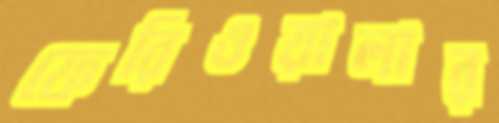
ফেরিওয়ালার